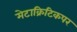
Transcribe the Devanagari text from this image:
मेटाक्रिटिकपर